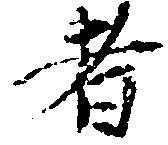
者